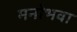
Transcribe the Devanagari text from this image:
मनोभवा